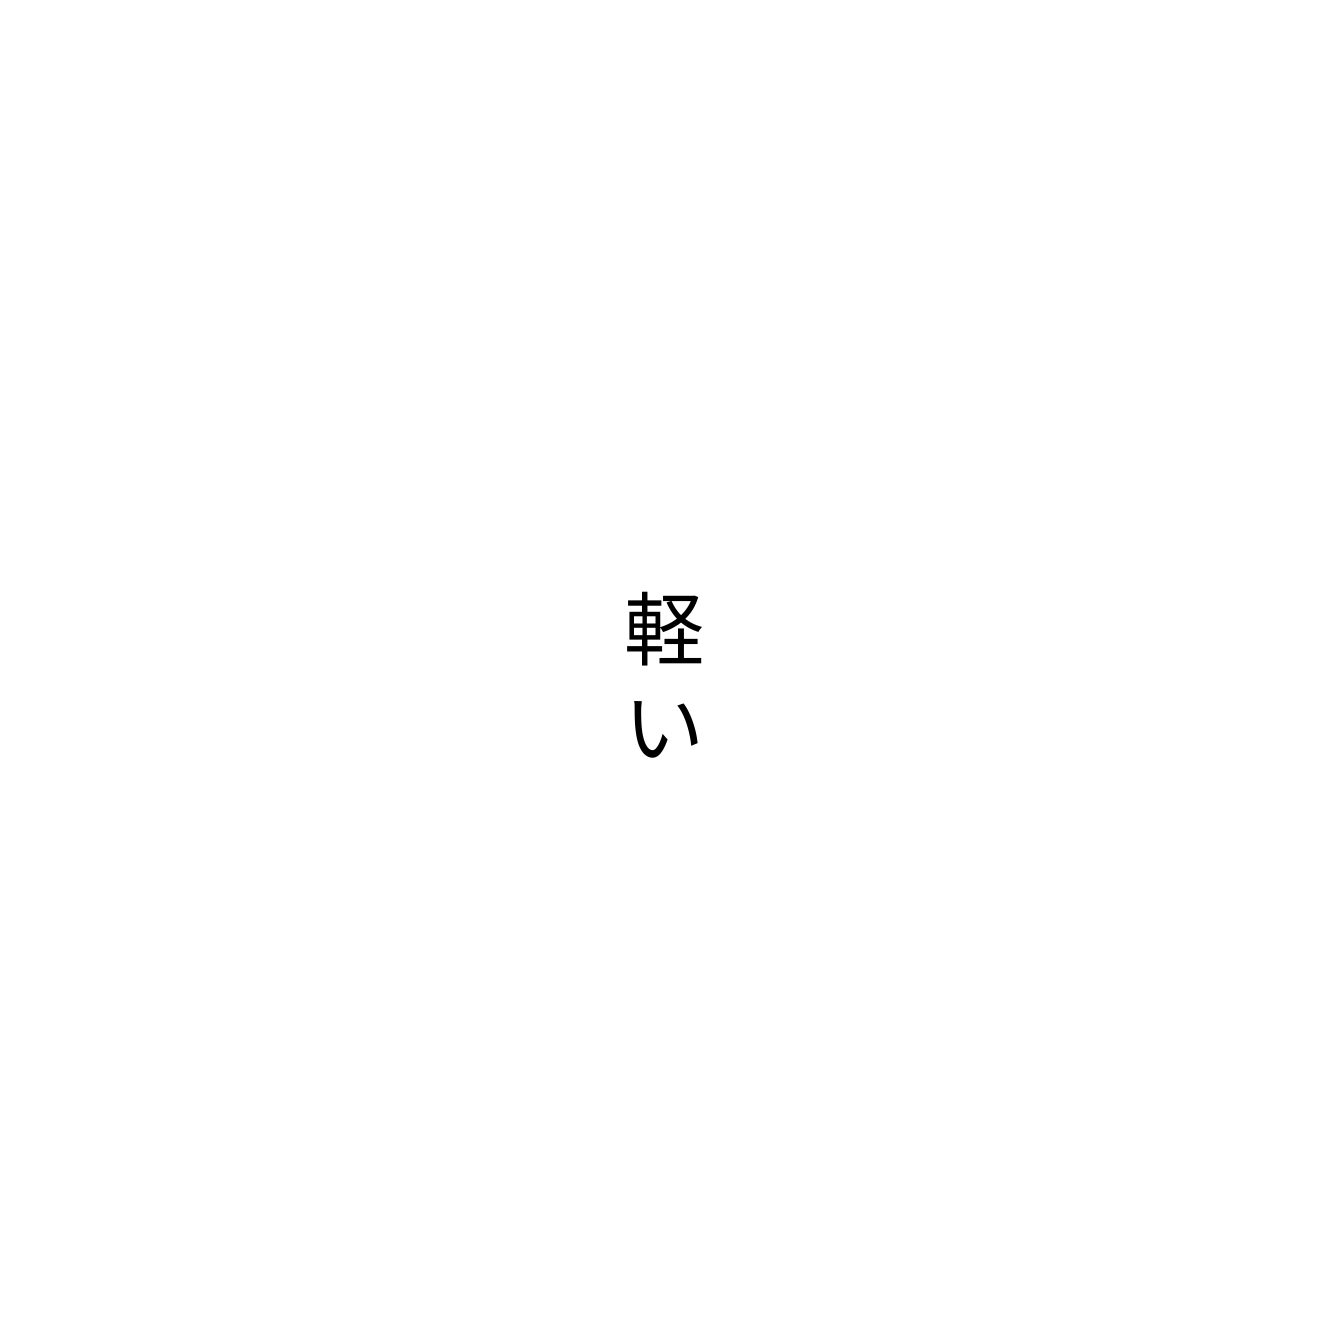
軽い